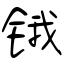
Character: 锇